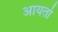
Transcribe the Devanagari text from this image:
आयर्तो